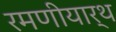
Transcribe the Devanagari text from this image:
रमणीयार्थ